Annual report on the working of the Harcourt Butler Institute of Public Health, Rangoon
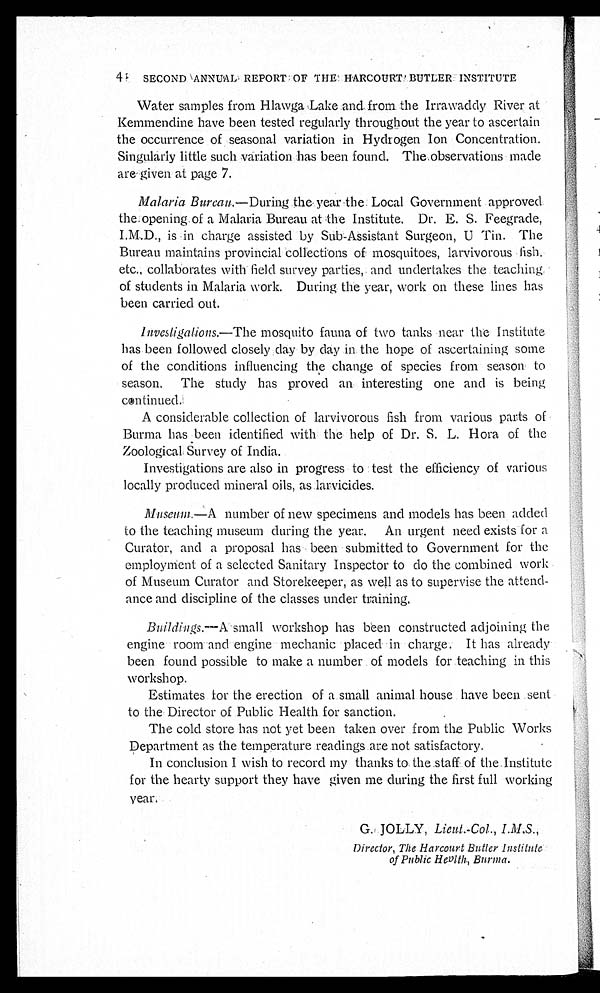
48. SECOND ANNUAL REPORT OF THE HARCOURT BUTLER INSTITUTE
Water samples from Hlawga Lake and from the Irrawaddy River at
Kemmendine have been tested regularly throughout the year to ascertain
the occurrence of seasonal variation in Hydrogen Ion Concentration.
Singularly little such variation has been found. The observations made
are given at page 7.
Malaria Bureau.—During the year the Local Government approved
the opening of a Malaria Bureau at the Institute. Dr. E. S. Feegrade,
I.M..D., is in charge assisted by Sub-Assistant Surgeon, U Tin. The
Bureau maintains provincial collections of mosquitoes, larvivorous fish,
etc., collaborates with field survey parties, and undertakes the teaching
of students in Malaria work. During the year, work on these lines has
been carried out.
Investigations.—The mosquito fauna of two tanks near the Institute
ha s be e n f ol l owe d c l os e l y da y by da y i n t he hope of a s c e r t a i ni ng s ome
of the conditions influencing the change of species from season to
s e a s o n . T h e s t u d y h a s p r o v e d a n i n t e r e s t i n g o n e a n d i s b e i n g
continued.
A considerable collection of larvivorous fish from various parts of
Burma has been identified with the help of Dr. S. L. Hora of the
Zoological Survey of India.
Investigations are also in progress to test the efficiency of various
locally produced mineral oils, as larvicides.
Museum.—A number of new specimens and models has been added
to the teaching museum during the year. An urgent need exists for a
Curator, and a proposal has been submitted to Government for the
employment of a selected Sanitary Inspector to do the combined work
of Museum Curator and Storekeeper, as well as to supervise the attend-
ance and discipline of the classes under training.
Buildings.—A small workshop has been constructed adjoining the
engine room and engine mechanic placed in charge. It has already
been found possible to make a number of models for teaching in this
workshop.
E s t i m a t e s f o r t h e e r e c t i o n o f a s m a l l a n i m a l h o u s e h a v e b e e n s e n t
to the Director of Public Health for sanction.
The cold store has not yet been taken over from the Public Works
Department as the temperature readings are not satisfactory.
In conclusion I wish to record my thanks to the staff of the Institute
for the hearty support they have given me during the first full working
year.
G. JOLLY, Lieut.-Col., I.M.S.,
Director, The Harcourt Butler Institute
of Public Health, Burma.